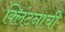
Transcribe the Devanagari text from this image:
क्लिंटनाची